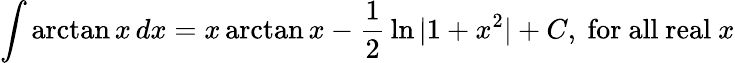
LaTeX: \int\arctan{x}\, dx=x\arctan{x}-{\frac{1}{2}}\ln{\vert 1+x^{2}\vert}+C,{\mathrm{~for~all~real~}}x